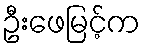
ဦးဖေမြင့်က